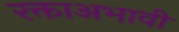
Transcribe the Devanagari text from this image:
रक्ताअभावी